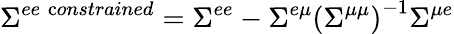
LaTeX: \Sigma^{ee\; {\textrm constrained}}=\Sigma^{ee}-\Sigma^{e\mu}\left(\Sigma^{\mu\mu}\right)^{-1}\Sigma^{\mu e}